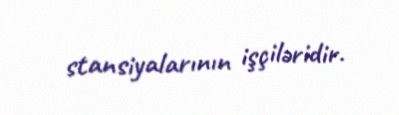
stansiyalarının işçiləridir.